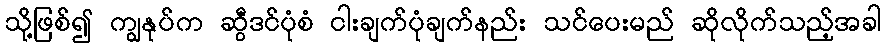
သို့ဖြစ်၍ ကျွနုပ်က ဆွီဒင်ပုံစံ ငါးချက်ပုံချက်နည်း သင်ပေးမည် ဆိုလိုက်သည့်အခါ